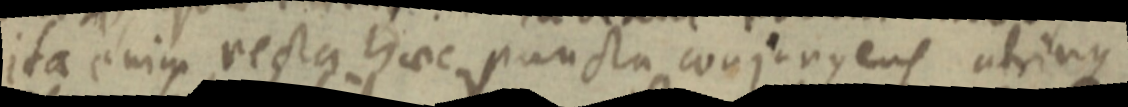
ita enim recta haec puncta conjungens utrinque